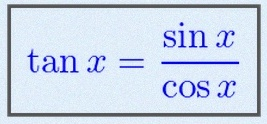
\tan x=\frac{\sin x}{\cos x}